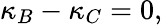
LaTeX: \kappa_{B}-\kappa_{C}=0,